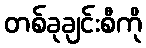
တစ်ခုချင်းစီကို